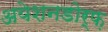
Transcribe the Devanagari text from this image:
अयेशनडोर्फ़